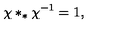
\chi * _ { * } \chi ^ { - 1 } = 1 ,